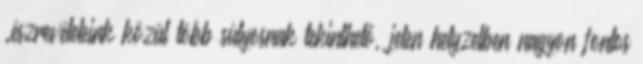
.észrevételeink közül több súlyosnak tekinthető, jelen helyzetben nagyon fontos